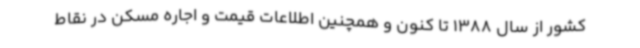
کشور از سال 1388 تا کنون و همچنین اطلاعات قیمت و اجاره مسکن در نقاط